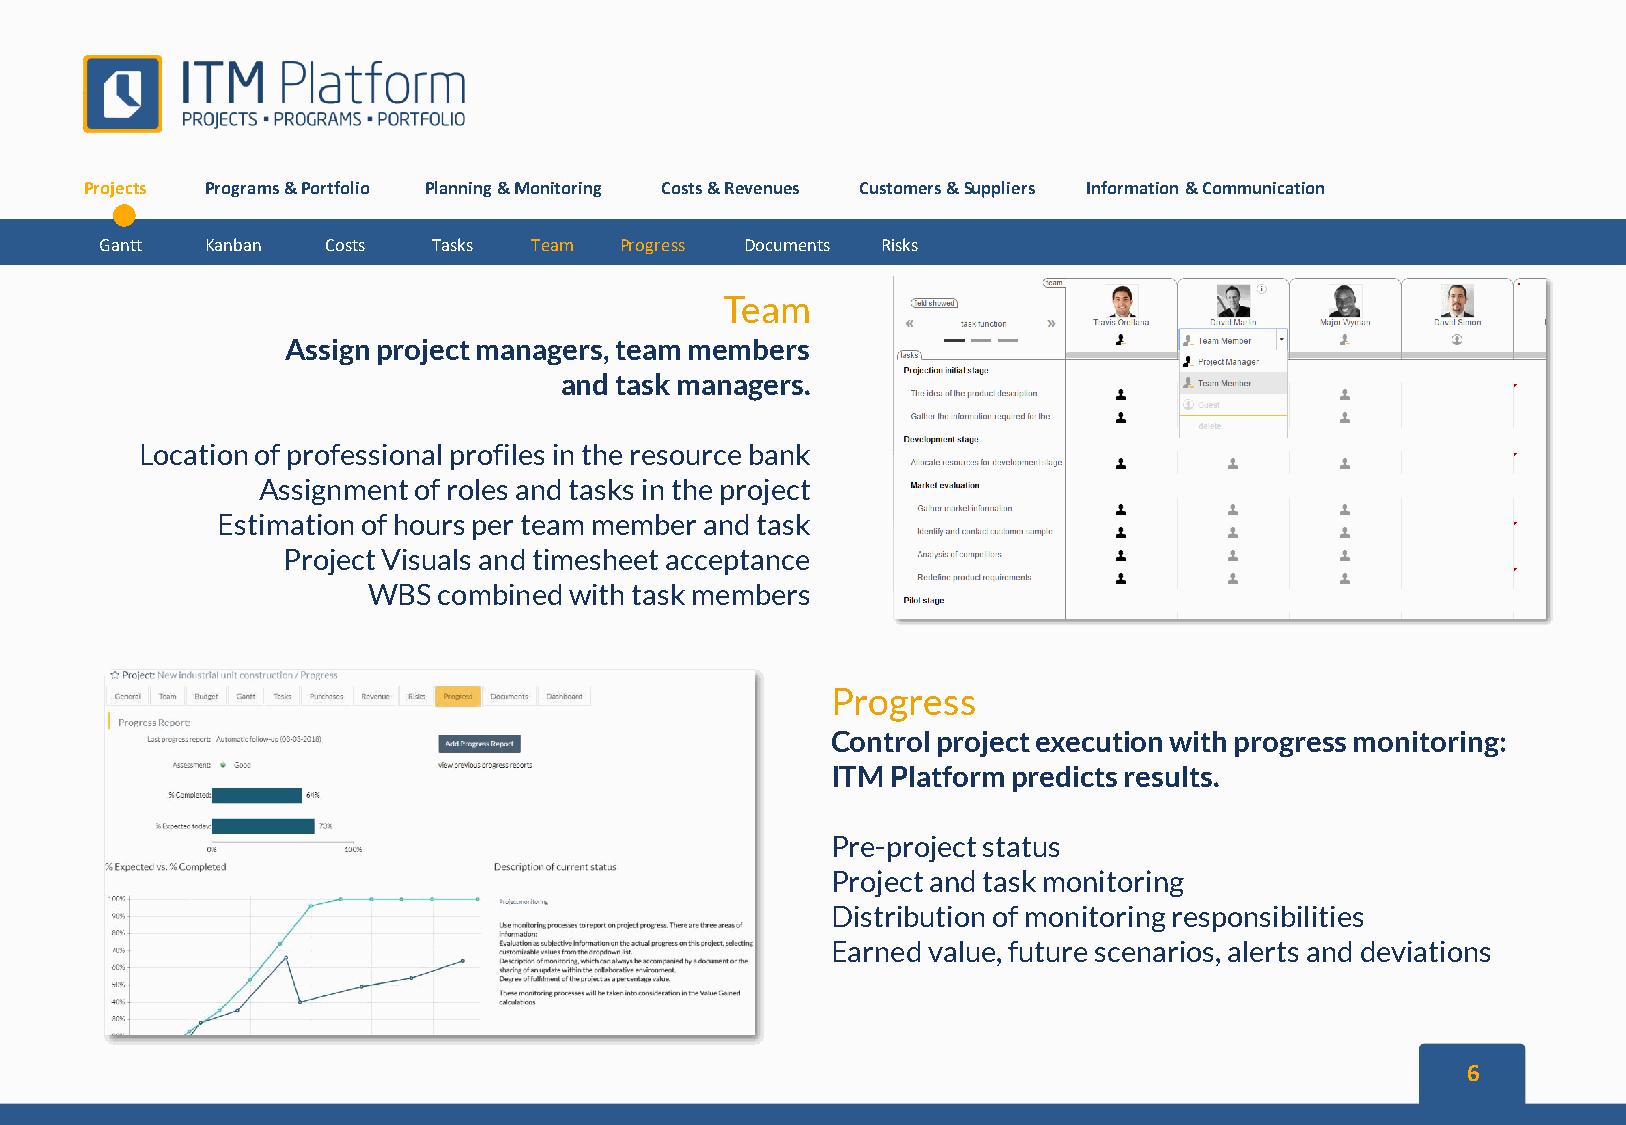
Projects Programs&Portfolio Planning&Monitoring Costs&Revenues Customers&Suppliers Information&Communication
 Gantt  Kanban Costs   Tasks Team  Progress Documents Risks
 Team
 Assign project managers, team members
 and task managers.
 Location of professional profiles in the resource bank
 Assignment of roles and tasks in the project
 Estimation of hours per team member and task
 Project Visuals and timesheet acceptance
 WBS  combined with task members
 Progress
 Control project execution with progress monitoring:
 ITM Platform predicts results.
 Pre-project status
 Project and task monitoring
 Distribution of monitoring responsibilities
 Earned value, future scenarios, alerts and deviations
 6